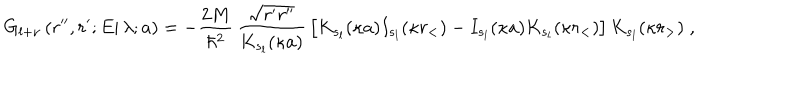
G _ { l + \nu } \left( \left. r ^ { \prime \prime } , r ^ { \prime } ; E \right| \lambda ; a \right) = - \frac { 2 M } { \hbar ^ { 2 } } \, \frac { \sqrt { r ^ { \prime } r ^ { \prime \prime } } } { K _ { s _ { l } } ( \kappa a ) } \, \left[ K _ { s _ { l } } ( \kappa a ) I _ { s _ { l } } ( \kappa r _ { < } ) - I _ { s _ { l } } ( \kappa a ) K _ { s _ { l } } ( \kappa r _ { < } ) \right] K _ { s _ { l } } ( \kappa r _ { > } ) \; ,